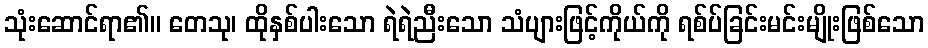
သုံးဆောင်ရာ၏။ တေသု၊ ထိုနှစ်ပါးသော ရဲရဲညီးသော သံပျားဖြင့်ကိုယ်ကို ရစ်ပ်ခြင်းမင်းမျိုးဖြစ်သော